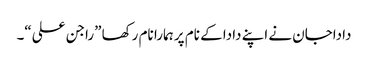
داداجان نے اپنے دادا کے نام پر ہمارا نام رکھا ”راجن علی“۔